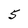
Character: 5